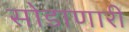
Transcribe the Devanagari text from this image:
सोडाणारी